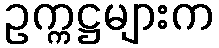
ဥက္ကဋ္ဌများက